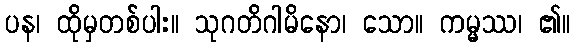
ပန၊ ထိုမှတစ်ပါး။ သုဂတိဂါမိနော၊ သော။ ကမ္မဿ၊ ၏။